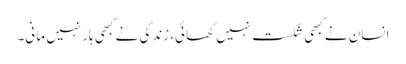
انسان نے کبھی شکست نہیں کھائی، زندگی نے کبھی ہار نہیں مانی۔